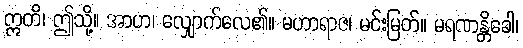
ဣတိ၊ ဤသို့။ အာဟ၊ လျှောက်လေ၏။ မဟာရာဇ၊ မင်းမြတ်။ မရဏန္တိခေါ၊